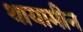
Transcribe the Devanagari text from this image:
थायामीन